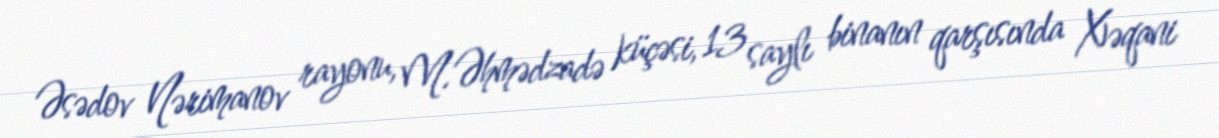
Əsədov Nərimanov rayonu, M.Əhmədzadə küçəsi, 13 saylı binanın qarşısında Xəqani